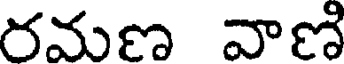
రమణ వాణి